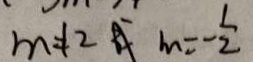
m \neq 2 或 m = - \frac { 1 } { 2 }